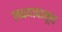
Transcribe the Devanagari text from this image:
लक्ष्यापासून